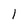
Character: 1